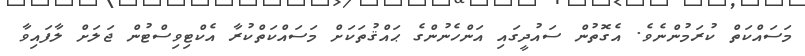
މަސައްކަތް ކުރަމުންނެވެ. އެގޮތުން ސައުދީގައި އަންހެނުންގެ ޙައްޤުތަކަށް މަސައްކަތްކުރާ އެކްޓިވިސްޓުން ޖަލަށް ލާފައިވާ